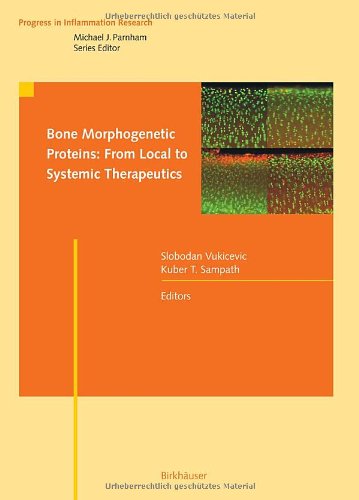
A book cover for Bone Morphogenetic Proteins: From Local to Systemic Therapeutics (Progress in Inflammation Research); Medical Books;